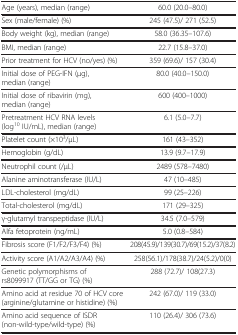
<table><thead><tr><td><b>Age (years), median (range)</b></td><td><b>60.0 (20.0–80.0)</b></td></tr></thead><tbody><tr><td>Sex (male/female) (%)</td><td>245 (47.5)/ 271 (52.5)</td></tr><tr><td>Body weight (kg), median (range)</td><td>58.0 (36.35–107.6)</td></tr><tr><td>BMI, median (range)</td><td>22.7 (15.8–37.0)</td></tr><tr><td>Prior treatment for HCV (no/yes) (%)</td><td>359 (69.6)/ 157 (30.4)</td></tr><tr><td>Initial dose of PEG-IFN (μg), median (range)</td><td>80.0 (40.0–150.0)</td></tr><tr><td>Initial dose of ribavirin (mg), median (range)</td><td>600 (400–1000)</td></tr><tr><td>Pretreatment HCV RNA levels (log<sup>10</sup> IU/mL), median (range)</td><td>6.1 (5.0–7.7)</td></tr><tr><td>Platelet count (×10<sup>3</sup>/μL)</td><td>161 (43–352)</td></tr><tr><td>Hemoglobin (g/dL)</td><td>13.9 (9.7–17.9)</td></tr><tr><td>Neutrophil count (/μL)</td><td>2489 (578–7480)</td></tr><tr><td>Alanine aminotransferase (IU/L)</td><td>47 (10–485)</td></tr><tr><td>LDL-cholesterol (mg/dL)</td><td>99 (25–226)</td></tr><tr><td>Total-cholesterol (mg/dL)</td><td>171 (29–325)</td></tr><tr><td>γ-glutamyl transpeptidase (IU/L)</td><td>34.5 (7.0–579)</td></tr><tr><td>Alfa fetoprotein (ng/mL)</td><td>5.0 (0.8–584)</td></tr><tr><td>Fibrosis score (F1/F2/F3/F4) (%)</td><td>208(45.9)/139(30.7)/69(15.2)/37(8.2)</td></tr><tr><td>Activity score (A1/A2/A3/A4) (%)</td><td>258(56.1)/178(38.7)/24(5.2)/0(0)</td></tr><tr><td>Genetic polymorphisms of rs8099917 (TT/GG or TG) (%)</td><td>288 (72.7)/ 108(27.3)</td></tr><tr><td>Amino acid at residue 70 of HCV core (arginine/glutamine or histidine) (%)</td><td>242 (67.0)/ 119 (33.0)</td></tr><tr><td>Amino acid sequence of ISDR (non-wild-type/wild-type) (%)</td><td>110 (26.4)/ 306 (73.6)</td></tr></tbody></table>